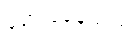
ဖော်ပြနေသည်